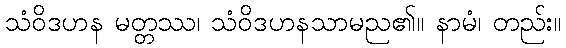
သံဝိဒဟန မတ္တဿ၊ သံဝိဒဟနသာမည၏။ နာမံ၊ တည်း။